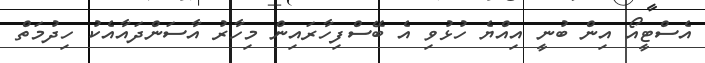
އެސްޓީއޯ އިން ބުނީ އިއްޔެ ހުޅުވި އެ ބޭސްފިހާރައިން މިހާރު އާސަންދައާއެކު ހިދުމަތް